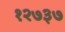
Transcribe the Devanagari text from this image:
१२७३७